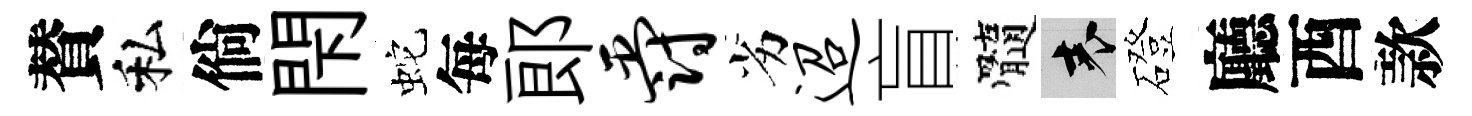
賛私倘閇蛇每郞爵劣迢盲髓表磴廳酉款